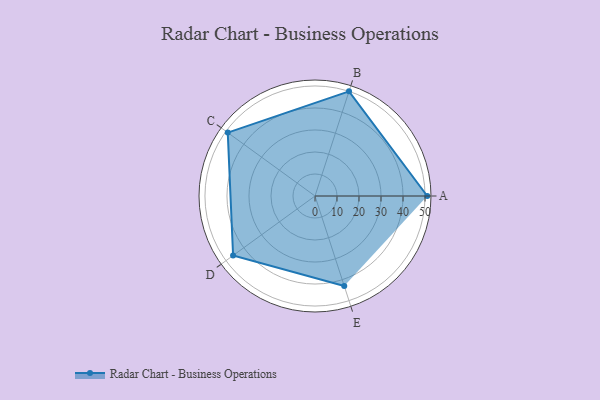
{"axis": {"x": "Skill", "y": "Score"}, "legend": ["Profile"], "data": [{"x": "A", "y": 51.0, "type": "Profile"}, {"x": "B", "y": 50.0, "type": "Profile"}, {"x": "C", "y": 49.0, "type": "Profile"}, {"x": "D", "y": 46.0, "type": "Profile"}, {"x": "E", "y": 43.0, "type": "Profile"}]}